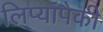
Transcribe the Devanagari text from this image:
लिप्यांपैकी